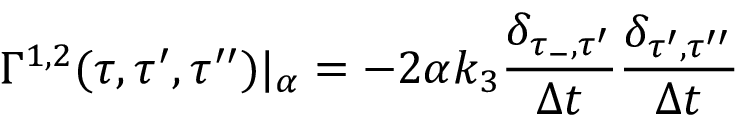
\Gamma ^ { 1 , 2 } ( \tau , \tau ^ { \prime } , \tau ^ { \prime \prime } ) | _ { \alpha } = - 2 \alpha k _ { 3 } \frac { \delta _ { \tau _ { - } , \tau ^ { \prime } } } { \Delta t } \frac { \delta _ { \tau ^ { \prime } , \tau ^ { \prime \prime } } } { \Delta t }